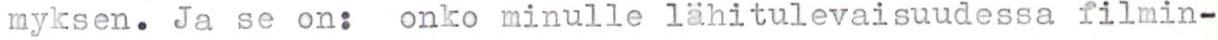
myksen. Ja se on: onko minulle lähitulevaisuudessa filmin-